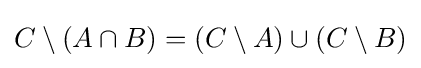
C\setminus (A\cap B)=(C\setminus A)\cup (C\setminus B)